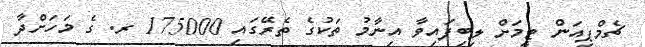
ޗެމްޕިއަން ޓީމަށް ލިބިފައިވާ އިނާމު ތަކުގެ ތެރޭގައި 175000 ރ. ގެ މަހަށްދާ